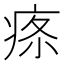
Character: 𤶔